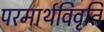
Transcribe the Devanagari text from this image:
परमार्थविवृति